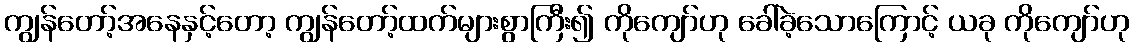
ကျွန်တော့်အနေနှင့်တော့ ကျွန်တော့်ထက်များစွာကြီး၍ ကိုကျော်ဟု ခေါ်ခဲ့သောကြောင့် ယခု ကိုကျော်ဟု